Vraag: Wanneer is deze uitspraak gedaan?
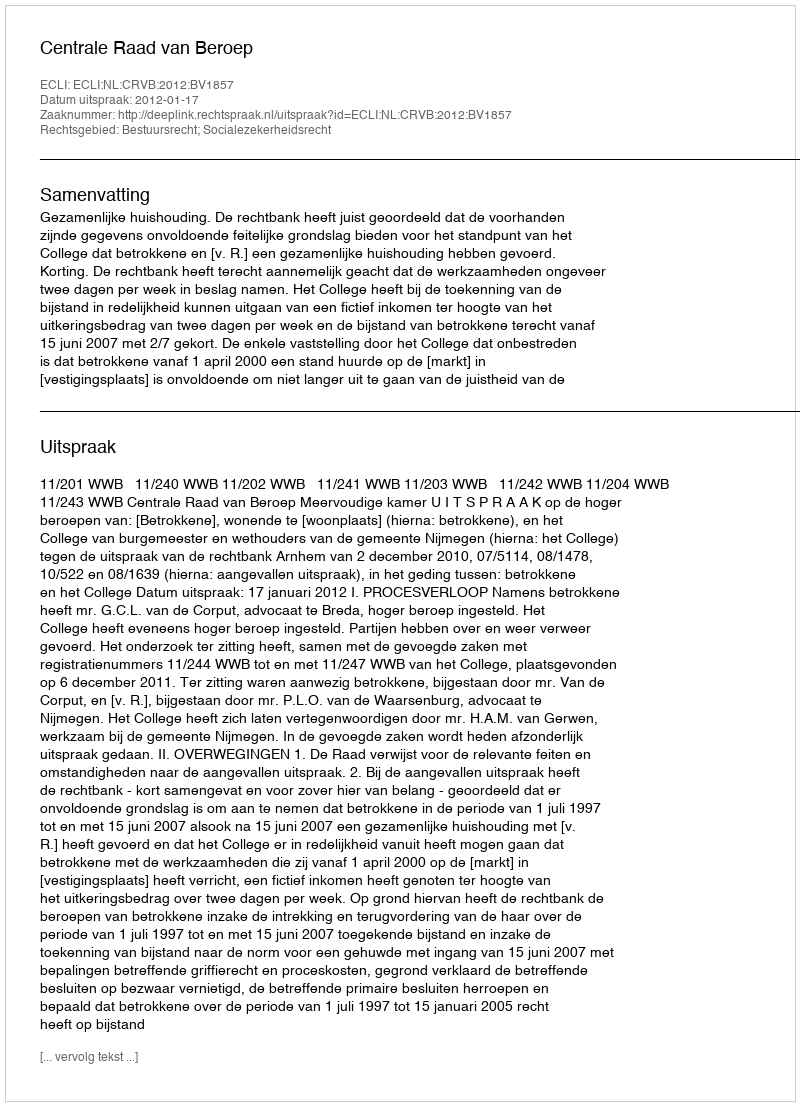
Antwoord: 2012-01-17